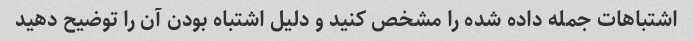
اشتباهات جمله داده شده را مشخص کنید و دلیل اشتباه بودن آن را توضیح دهید